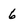
Character: 6